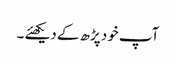
آپ خود پڑھ کے دیکھئے ۔